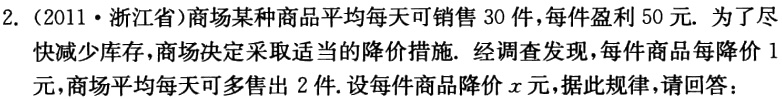
2.（2011·浙江省）商场某种商品平均每天可销售 30 件，每件盈利 50 元. 为了尽快减少库存，商场决定采取适当的降价措施. 经调查发现，每件商品每降价 1 元，商场平均每天可多售出 2 件. 设每件商品降价\(x\)元，据此规律，请回答：